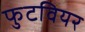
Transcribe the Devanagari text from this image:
फुटवियर